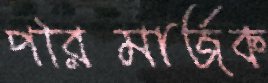
পরিমার্জক